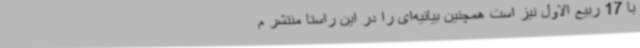
با 17 ربیع الاول نیز است همچنین بیانیه‌ای را در این راستا منتشر م